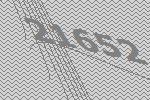
21652